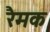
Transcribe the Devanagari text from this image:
रैमक